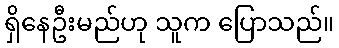
ရှိနေဦးမည်ဟု သူက ပြောသည်။